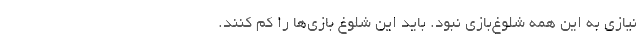
نیازی به این همه شلوغ‌بازی نبود. باید این شلوغ بازی‌ها را کم کنند.